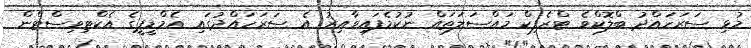
މުޅި ސަރަހައްދު ބްލޮކްވެ ޓްރެފިކް މައްސަލަތައް ނުކުމެފައިވާއިރު އެ ސަރަހައްދުގައި އެމްޑީޕީގެ އެކްޓިވިސްޓްން